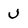
Character: U